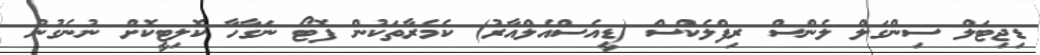
ޑިޖިޓަލް ސިންގަލް ލެންސް ރިފްލެކްސް (ޑީއެސްއެލްއާރު) ކެމެރާތަކުން ފޮޓޯ ނަގާހާ ކޮލިޓީކޮށް ނުނެގުނު